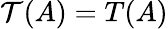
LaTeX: {\mathcal{T}}(A)=T(A)